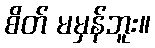
စိတ် မမှန်ဘူး။